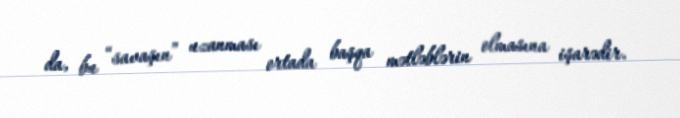
da, bu “savaşın” uzanması ortada başqa mətləblərin olmasına işarədir.